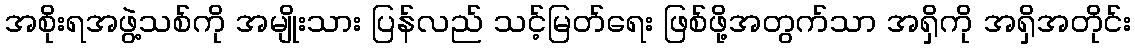
အစိုးရအဖွဲ့သစ်ကို အမျိုးသား ပြန်လည် သင့်မြတ်ရေး ဖြစ်ဖို့အတွက်သာ အရှိကို အရှိအတိုင်း